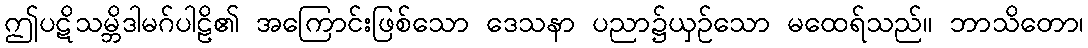
ဤပဋိသမ္ဘိဒါမဂ်ပါဠိ၏ အကြောင်းဖြစ်သော ဒေသနာ ပညာ၌ယှဉ်သော မထေရ်သည်။ ဘာသိတော၊